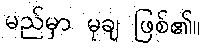
မည်မှာ မုချ ဖြစ်၏။